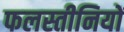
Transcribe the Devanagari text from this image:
फलस्तीनियों